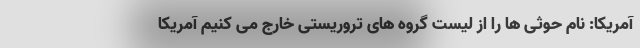
آمریکا: نام حوثی ها را از لیست گروه های تروریستی خارج می کنیم آمریکا